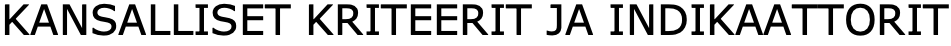
KANSALLISET KRITEERIT JA INDIKAATTORIT